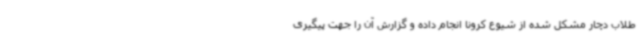
طلاب دچار مشکل شده از شیوع کرونا انجام داده و گزارش آن را جهت پیگیری